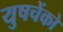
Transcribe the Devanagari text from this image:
युषचेंको